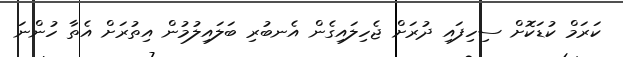
ކަރަމް ކުޑަކޮށް ސިހިފައި ދުރަށް ޖެހިލައިގެން އެނބުރި ބަލައިލުމުން އިތުރަށް އެތާ ހުންނަ